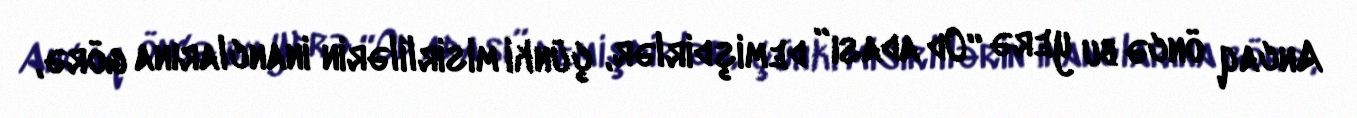
Ancaq öncə bu yerə “Od adası” demişdirlər, çünki misirlilərin inanclarına görə,